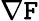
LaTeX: \nabla\mathtt{F}